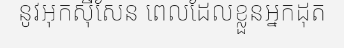
នូវអុកស៊ីសែន ពេលដែលខ្លួនអ្នកដុត